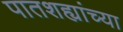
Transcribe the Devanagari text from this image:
पातशह्यांच्या